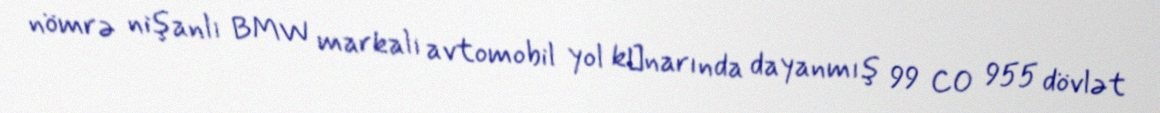
nömrə nişanlı BMW markalı avtomobil yol kәnarında dayanmış 99 CO 955 dövlət